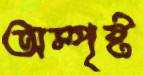
অস্পৃষ্ট